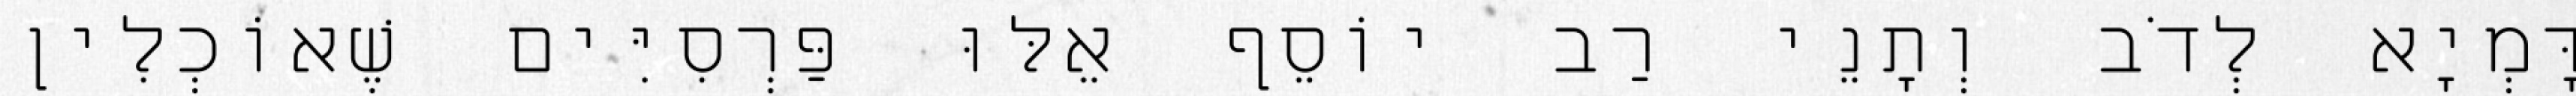
דָּמְיָא לְדֹב וְתָנֵי רַב יוֹסֵף אֵלּוּ פַּרְסִיִּים שֶׁאוֹכְלִין